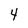
Character: 4